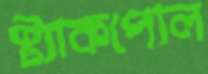
স্ট্যাকপোল